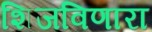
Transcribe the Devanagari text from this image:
शिजविणारा